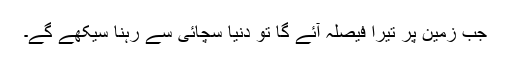
جب زمین پر تیرا فیصلہ آئے گا تو دنیا سچائی سے رہنا سیکھے گے۔